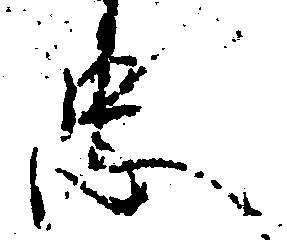
忠